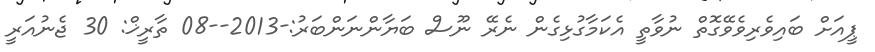
ޕީއަށް ބައިވެރިވެވޭގޮތް ނުވާތީ އެކަމާގުޅިގެން ނެރޭ ނޫސް ބަޔާންނަންބަރު:-2013--08 ތާރީޚް: 30 ޖެނުއަރީ